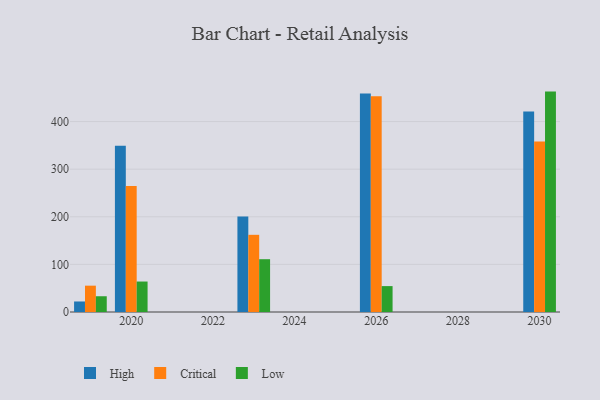
{"axis": {"x": "Year", "y": "Customer Acquisition Cost (USD)"}, "legend": ["Critical", "High", "Low"], "data": [{"x": "2019", "y": 22.1, "type": "High"}, {"x": "2019", "y": 55.3, "type": "Critical"}, {"x": "2019", "y": 33.1, "type": "Low"}, {"x": "2026", "y": 459.1, "type": "High"}, {"x": "2026", "y": 453.2, "type": "Critical"}, {"x": "2026", "y": 54.4, "type": "Low"}, {"x": "2030", "y": 420.9, "type": "High"}, {"x": "2030", "y": 358.1, "type": "Critical"}, {"x": "2030", "y": 462.9, "type": "Low"}, {"x": "2020", "y": 349.2, "type": "High"}, {"x": "2020", "y": 264.4, "type": "Critical"}, {"x": "2020", "y": 64.0, "type": "Low"}, {"x": "2023", "y": 200.8, "type": "High"}, {"x": "2023", "y": 162.1, "type": "Critical"}, {"x": "2023", "y": 110.9, "type": "Low"}]}